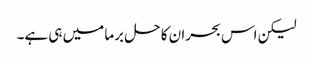
لیکن اس بحران کا حل برما میں ہی ہے۔